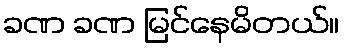
ခဏ ခဏ မြင်နေမိတယ်။